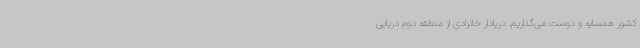
کشور همسایه و دوست می‌گذاریم. دریادار خانزادی از منطقه دوم دریایی